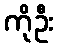
ကိုဦး